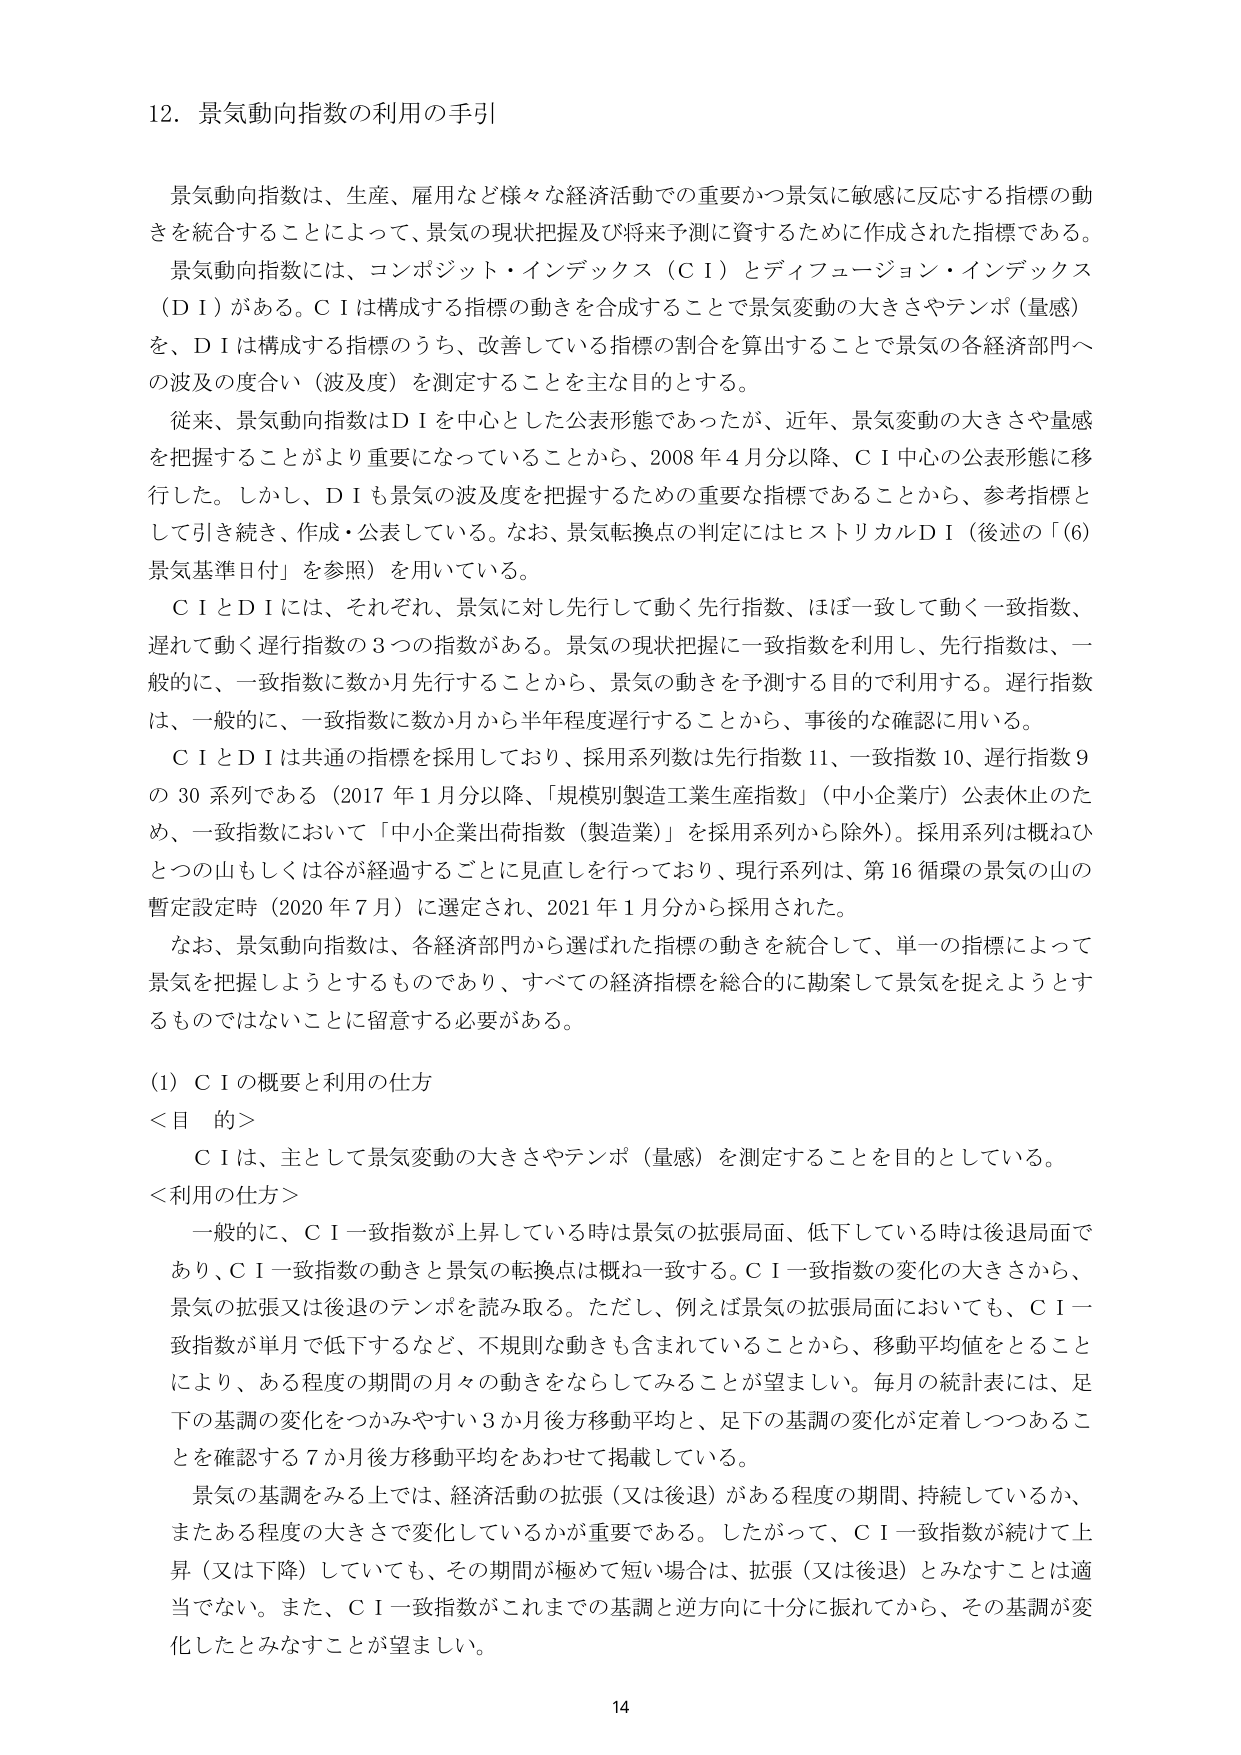
12. 景気動向指数の利用の手引

景気動向指数は、生産、雇用など様々な経済活動での重要かつ景気に敏感に反応する指標の動きを統合することによって、景気の現状把握及び将来予測に資するために作成された指標である。景気動向指数には、コンポジット・インデックス（ＣＩ）とディフュージョン・インデックス（ＤＩ）がある。ＣＩは構成する指標の動きを合成することで景気変動の大きさやテンポ（量感）を、ＤＩは構成する指標のうち、改善している指標の割合を算出することで景気の各経済部門への波及の度合い（波及度）を測定することを主な目的とする。

従来、景気動向指数はＤＩを中心とした公表形態であったが、近年、景気変動の大きさや量感を把握することがより重要になっていることから、2008年4月分以降、ＣＩ中心の公表形態に移行した。しかし、ＤＩも景気の波及度を把握するための重要な指標であることから、参考指標として引き続き、作成・公表している。なお、景気転換点の判定にはヒストリカルＤＩ（後述の「(6) 景気基準日付」を参照）を用いている。

ＣＩとＤＩには、それぞれ、景気に対し先行して動く先行指数、ほぼ一致して動く一致指数、遅れて動く遅行指数の3つの指数がある。景気の現状把握に一致指数を利用し、先行指数は、一般的に、一致指数に数か月先行することから、景気の動きを予測する目的で利用する。遅行指数は、一般的に、一致指数に数か月から半年程度遅行することから、事後的な確認に用いる。

ＣＩとＤＩは共通の指標を採用しており、採用系列数は先行指数11、一致指数10、遅行指数9の30系列である（2017年1月分以降、「規模別製造工業生産指数」（中小企業庁）公表休止のため、一致指数において「中小企業出荷指数（製造業）」を採用系列から除外）。採用系列は概ねひとつの山もしくは谷が経過するごとに見直しを行っており、現行系列は、第16循環の景気の山の暫定設定時（2020年7月）に選定され、2021年1月分から採用された。

なお、景気動向指数は、各経済部門から選ばれた指標の動きを統合して、単一の指標によって景気を把握しようとするものであり、すべての経済指標を総合的に勘案して景気を捉えようとするものではないことに留意する必要がある。

(1) ＣＩの概要と利用の仕方

＜目的＞
ＣＩは、主として景気変動の大きさやテンポ（量感）を測定することを目的としている。

＜利用の仕方＞
一般的に、ＣＩ一致指数が上昇している時は景気の拡張局面、低下している時は後退局面であり、ＣＩ一致指数の動きと景気の転換点は概ね一致する。ＣＩ一致指数の変化の大きさから、景気の拡張又は後退のテンポを読み取る。ただし、例えば景気の拡張局面においても、ＣＩ一致指数が単月で低下するなど、不規則な動きも含まれていることから、移動平均値をとることにより、ある程度の期間の月々の動きをならしてみることが望ましい。毎月の統計表には、足下の基調の変化をつかみやすい3か月後方移動平均と、足下の基調の変化が定着しつつあることを確認する7か月後方移動平均をあわせて掲載している。

景気の基調をみる上では、経済活動の拡張（又は後退）がある程度の期間、持続しているか、またある程度の大きさで変化しているかが重要である。したがって、ＣＩ一致指数が続けて上昇（又は下降）していても、その期間が極めて短い場合は、拡張（又は後退）とみなすことは適当でない。また、ＣＩ一致指数がこれまでの基調と逆方向に十分に振れてから、その基調が変化したとみなすことが望ましい。

14